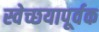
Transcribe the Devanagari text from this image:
स्वेच्छयापूर्वक